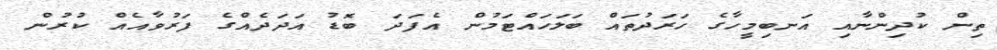
ތިން ކުދިންނާއި އަނބިމީހާގެ ހަރަދުތައް ބަލަހައްޓަމުން އެފަދަ ބޮޑު އަދަދެއްގެ ފަރުވާއެއް ކުރުން